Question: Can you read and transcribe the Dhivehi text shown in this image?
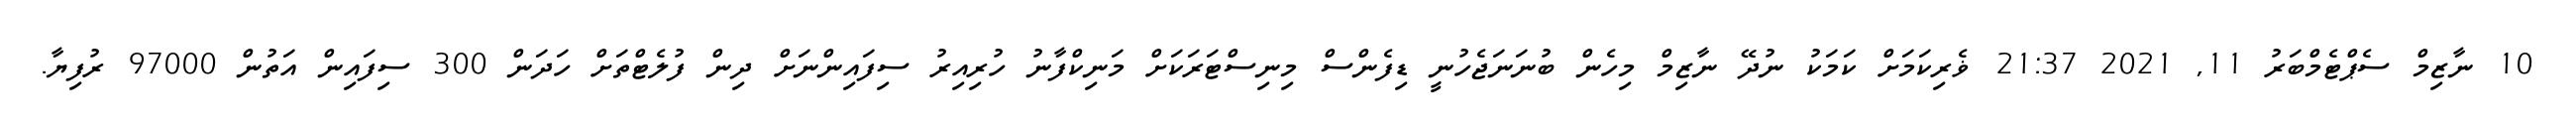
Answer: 10 ނާޒިމް ސެޕްޓެމްބަރު 11, 2021 21:37 ޥެރިކަމަށް ކަމަކު ނުދޭ ނާޒިމް މިހެން ބުނަނަޖެހުނީ ޑިފެންސް މިނިސްޓަރަކަށް މަނިކްފާނު ހުރިއިރު ސިފައިންނަށް ދިން ފުލެޓްތަށް ހަދަން 300 ސިފައިން އަތުން 97000 ރުފިޔާ.